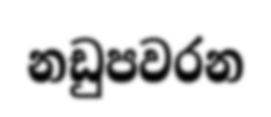
නඩුපවරන